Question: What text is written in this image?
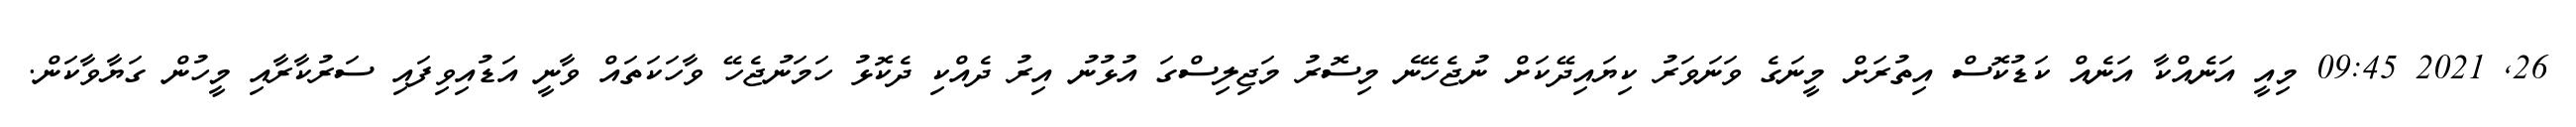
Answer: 26, 2021 09:45 މިއީ އަނެއްކާ އަނެއް ކަޑުކޮސް އިތުރަށް މީނަގެ ވަނަވަރު ކިޔައިދޭކަށް ނުޖެހޭނެ މިސޮރު މަޖިލިސްގަ އުޅުނު އިރު ދެއްކި ދެކޮޅު ހަމަނުޖެހޭ ވާހަކަތައް ވާނީ އަޑުއިވިފައި ސަރުކާރާއި މީހުން ގަޔާވާކަން.